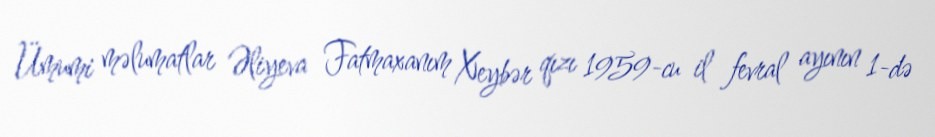
Ümumi məlumatlar Əliyeva Fatmaxanım Xeybər qızı 1959-cu il fevral ayının 1-də